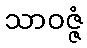
သာဝဇ္ဇံ